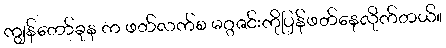
ကျွန်တော်ခုန က ဖတ်လက်စ မဂ္ဂဇင်းကိုပြန်ဖတ်နေလိုက်တယ်။